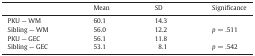
<table><thead><tr><td></td><td><b>Mean</b></td><td><b>SD</b></td><td><b>Significance</b></td></tr></thead><tbody><tr><td>PKU — WM</td><td>60.1</td><td>14.3</td><td></td></tr><tr><td>Sibling — WM</td><td>56.0</td><td>12.2</td><td><i>p</i> = .511</td></tr><tr><td>PKU — GEC</td><td>56.1</td><td>11.8</td><td></td></tr><tr><td>Sibling — GEC</td><td>53.1</td><td>8.1</td><td><i>p</i> = .542</td></tr></tbody></table>